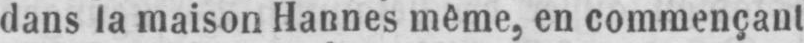
dans la maison Hannes même, en commençant